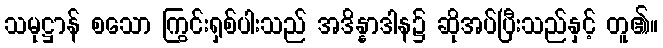
သမုဋ္ဌာန် စသော ကြွင်းရှစ်ပါးသည် အဒိန္နာဒါန၌ ဆိုအပ်ပြီးသည်နှင့် တူ၏။